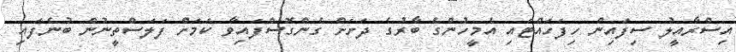
އިސްރާއީލު ސިފައިން ހިފަހައްޓައި އެމީހުންގެ ބާރުގެ ދަށަށް ގެންގޮސްފައިވާ ކަމަށް ފަލަސްތީނުން ބުނެފައި